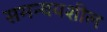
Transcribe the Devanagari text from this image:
समन्वयशील